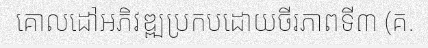
គោលដៅអភិវឌ្ឍប្រកបដោយចីរភាពទី៣ (គ.